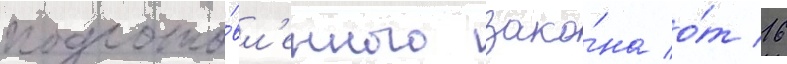
подгото́вл'енного зако́на о́т 16